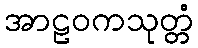
အာဠဝကသုတ္တံ